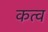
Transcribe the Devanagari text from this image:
कत्व